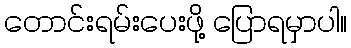
တောင်းရမ်းပေးဖို့ ပြောရမှာပါ။